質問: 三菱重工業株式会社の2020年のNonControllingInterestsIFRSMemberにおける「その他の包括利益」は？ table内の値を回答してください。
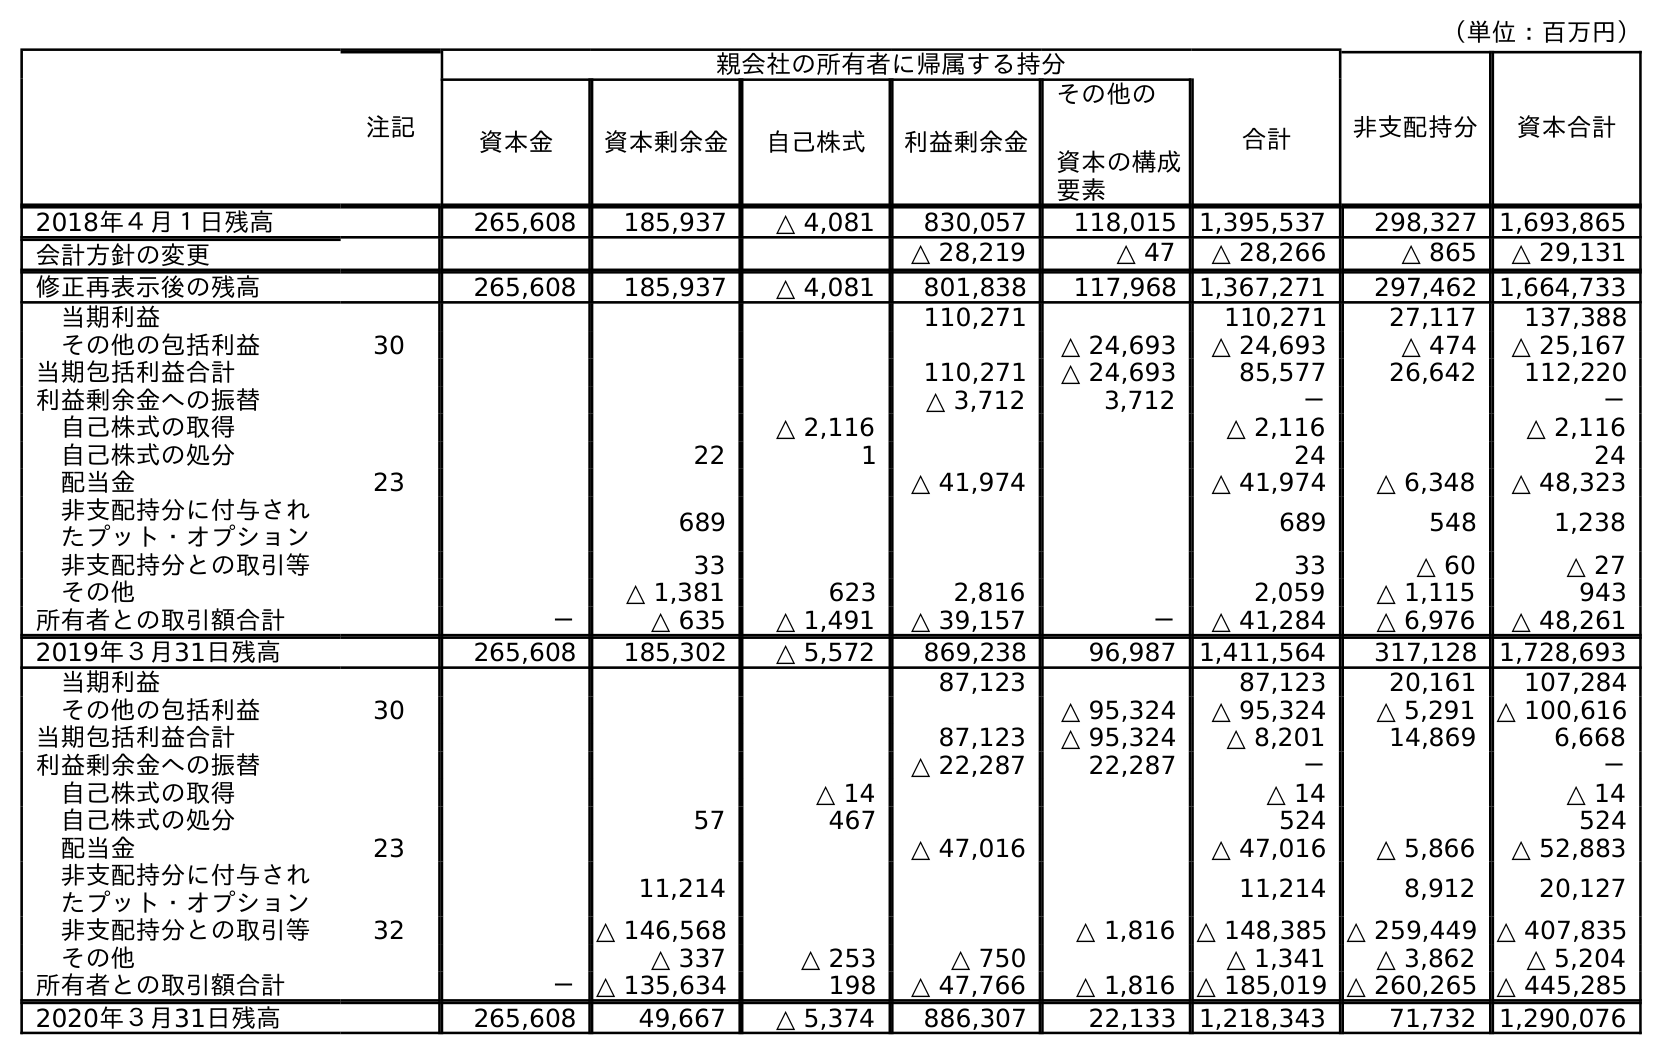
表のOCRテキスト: （単位：百万円） 注記 親会社の所有者に帰属する持分 非支配持分 資本合計 資本金 資本剰余金 自己株式 利益剰余金 その他の 資本の構成 要素 合計 2018年４月１日残高 265,608 185,937 △ 4,081 830,057 118,015 1,395,537 298,327 1,693,865 会計方針の変更 △ 28,219 △ 47 △ 28,266 △ 865 △ 29,131 修正再表示後の残高 265,608 185,937 △ 4,081 801,838 117,968 1,367,271 297,462 1,664,733 当期利益 110,271 110,271 27,117 137,388 その他の包括利益 30 △ 24,693 △ 24,693 △ 474 △ 25,167 当期包括利益合計 110,271 △ 24,693 85,577 26,642 112,220 利益剰余金への振替 △ 3,712 3,712 － － 自己株式の取得 △ 2,116 △ 2,116 △ 2,116 自己株式の処分 22 1 24 24 配当金 23 △ 41,974 △ 41,974 △ 6,348 △ 48,323 非支配持分に付与され たプット・オプション 689 689 548 1,238 非支配持分との取引等 33 33 △ 60 △ 27 その他 △ 1,381 623 2,816 2,059 △ 1,115 943 所有者との取引額合計 － △ 635 △ 1,491 △ 39,157 － △ 41,284 △ 6,976 △ 48,261 2019年３月31日残高 265,608 185,302 △ 5,572 869,238 96,987 1,411,564 317,128 1,728,693 当期利益 87,123 87,123 20,161 107,284 その他の包括利益 30 △ 95,324 △ 95,324 △ 5,291 △ 100,616 当期包括利益合計 87,123 △ 95,324 △ 8,201 14,869 6,668 利益剰余金への振替 △ 22,287 22,287 － － 自己株式の取得 △ 14 △ 14 △ 14 自己株式の処分 57 467 524 524 配当金 23 △ 47,016 △ 47,016 △ 5,866 △ 52,883 非支配持分に付与され たプット・オプション 11,214 11,214 8,912 20,127 非支配持分との取引等 32 △ 146,568 △ 1,816 △ 148,385 △ 259,449 △ 407,835 その他 △ 337 △ 253 △ 750 △ 1,341 △ 3,862 △ 5,204 所有者との取引額合計 － △ 135,634 198 △ 47,766 △ 1,816 △ 185,019 △ 260,265 △ 445,285 2020年３月31日残高 265,608 49,667 △ 5,374 886,307 22,133 1,218,343 71,732 1,290,076
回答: △5,291